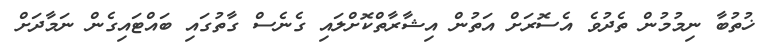
ޚުތުބާ ނިމުމުން ތެދުވެ އެސޮރަށް އަތުން އިޝާރާތްކޮށްލައި ގެނެސް ގާތުގައި ބައްޓައިގެން ނަމާދަށް